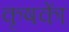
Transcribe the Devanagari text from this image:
कृषकाें